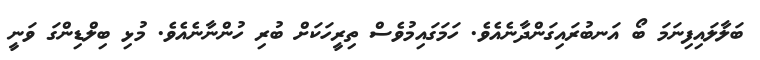
ބަލާލައިފިނަމަ ބޯ އަނބުރައިގަންދާނެއެވެ. ހަމަގައިމުވެސް ތިރީހަކަށް ބުރި ހުންނާނެއެވެ. މުޅި ބިލްޑިންގަ ވަނީ